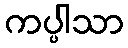
ကပ္ပါသာ